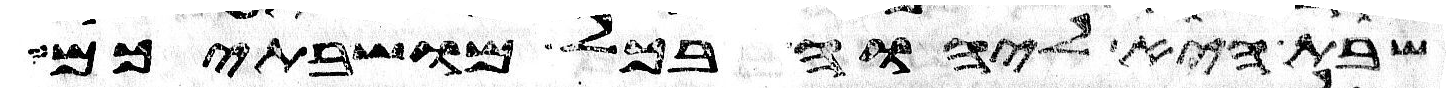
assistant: שבת היא ליהוה בכל מושבתיכם